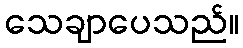
သေချာပေသည်။